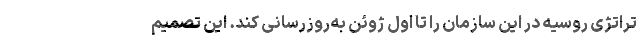
تراتژی روسیه در این سازمان را تا اول ژوئن به‌روزرسانی کند. این تصمیم